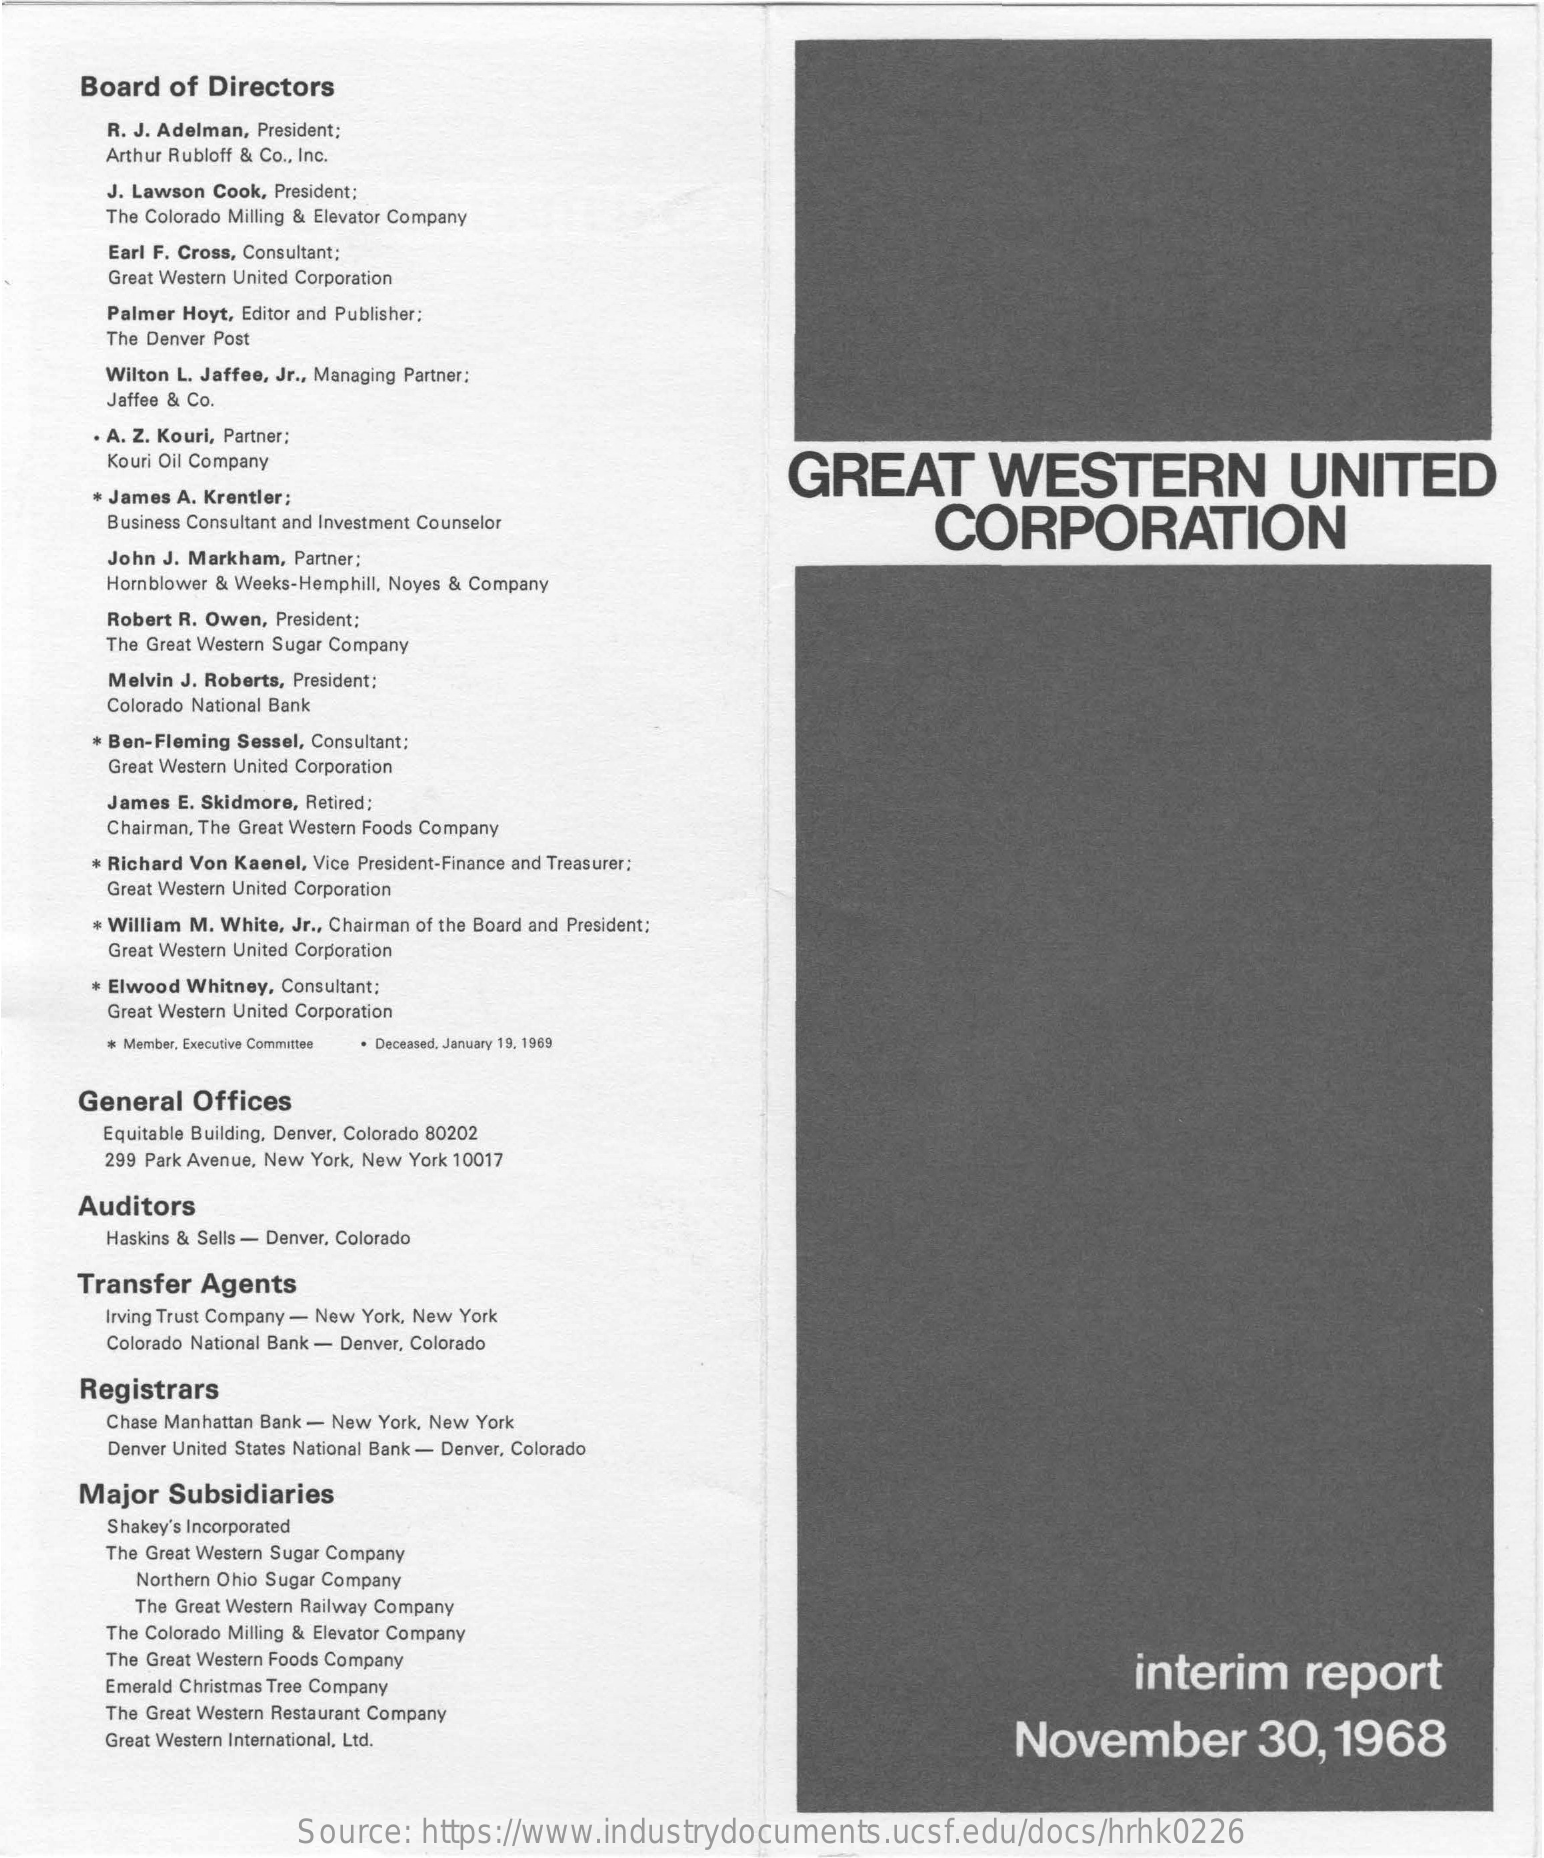
Board of Directors
     R. J. Adelman, President;
     Arthur Rubloff & Co ., Inc.
     J. Lawson Cook, President:
     The Colorado Milling & Elevator Company
     Earl F. Cross, Consultant;
     Great Western United Corporation
     Palmer Hoyt, Editor and Publisher;
     The Denver Post
     Wilton L. Jaffee, Jr ., Managing Partner:
     Jaffee & Co.
     . A. Z. Kouri, Partner;
     Kouri Oil Company
     GREAT    WESTERN    UNITED
     + James A. Krentler;
     Business Consultant and Investment Counselor    CORPORATION
     John J. Markham, Partner;
     Hornblower & Weeks-Hemphill, Noyes & Company
     Robert R. Owen, President:
     The Great Western Sugar Company
     Melvin J. Roberts, President:
     Colorado National Bank
     * Ben-Fleming Sessel, Consultant;
     Great Western United Corporation
     James E. Skidmore, Retired;
     Chairman, The Great Western Foods Company
     * Richard Von Kaenel, Vice President-Finance and Treasurer:
     Great Western United Corporation
     + William M. White, Jr ., Chairman of the Board and President;
     Great Western United Corporation
     . Elwood Whitney, Consultant:
     Great Western United Corporation
     + Member, Executive Committee · Deceased, January 19, 1969
     General Offices
     Equitable Building, Denver, Colorado 80202
     299 Park Avenue, New York, New York 10017
     Auditors
     Haskins & Sells - Denver, Colorado
     Transfer Agents
     Irving Trust Company - New York, New York
     Colorado National Bank - Denver, Colorado
     Registrars
     Chase Manhattan Bank - New York, New York
     Denver United States National Bank - Denver, Colorado
     Major Subsidiaries
     Shakey's Incorporated
     The Great Western Sugar Company
     Northern Ohio Sugar Company
     The Great Western Railway Company
     The Colorado Milling & Elevator Company
     The Great Western Foods Company    interim   report
     Emerald Christmas Tree Company
     The Great Western Restaurant Company
     Great Western International, Ltd.    November    30, 1968
     Source: https://www.industrydocuments.ucsf.edu/docs/hrhk0226